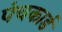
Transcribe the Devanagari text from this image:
पंचकार्ड